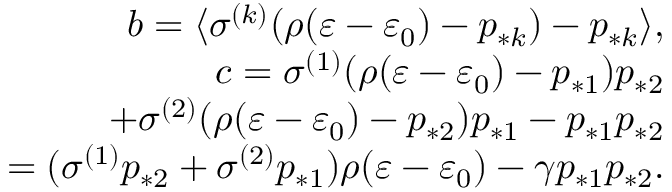
\begin{array} { r } { b = \langle \sigma ^ { ( k ) } ( \rho ( \varepsilon - \varepsilon _ { 0 } ) - p _ { * k } ) - p _ { * k } \rangle , } \\ { c = \sigma ^ { ( 1 ) } ( \rho ( \varepsilon - \varepsilon _ { 0 } ) - p _ { * 1 } ) p _ { * 2 } } \\ { + \sigma ^ { ( 2 ) } ( \rho ( \varepsilon - \varepsilon _ { 0 } ) - p _ { * 2 } ) p _ { * 1 } - p _ { * 1 } p _ { * 2 } } \\ { = ( \sigma ^ { ( 1 ) } p _ { * 2 } + \sigma ^ { ( 2 ) } p _ { * 1 } ) \rho ( \varepsilon - \varepsilon _ { 0 } ) - \gamma p _ { * 1 } p _ { * 2 } . } \end{array}